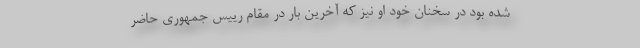
شده بود در سخنان خود او نیز که آخرین بار در مقام رییس جمهوری حاضر